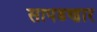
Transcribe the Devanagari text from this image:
सापडणार